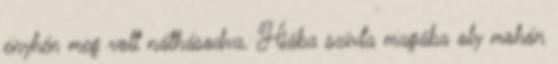
enyhén meg volt náthásodva. Hiába szívta magába oly mohón